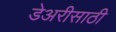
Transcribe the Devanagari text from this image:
डेअरीसाठी